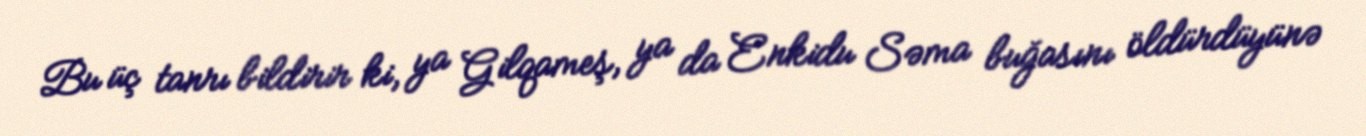
Bu üç tanrı bildirir ki, ya Gilqameş, ya da Enkidu Səma buğasını öldürdüyünə